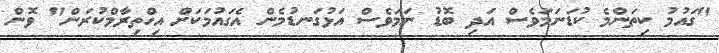
"ގައުމު ކިތަންމެ ކުޑަނަމަވެސް އަދި ބޮޑު ނަމަވެސް އަޅުގަނޑުމެން އެގައުމަކަށް އިހްތިރާމްކުރަން" ވޮން